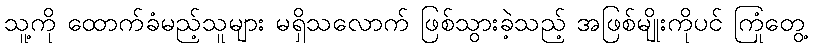
သူ့ကို ထောက်ခံမည့်သူများ မရှိသလောက် ဖြစ်သွားခဲ့သည့် အဖြစ်မျိုးကိုပင် ကြုံတွေ့